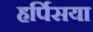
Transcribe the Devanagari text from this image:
हर्पिसया